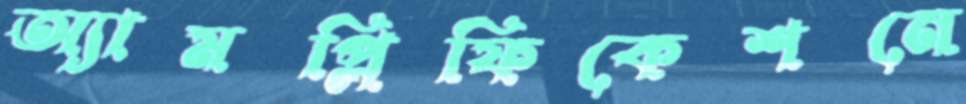
অ্যামপ্লিফিকেশনে